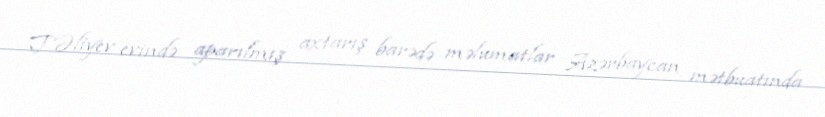
T.Əliyev evində aparılmış axtarış barədə məlumatlar Azərbaycan mətbuatında